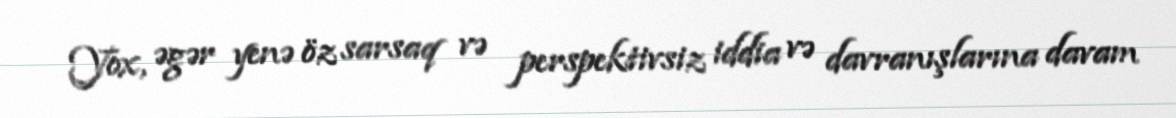
Yox, əgər yenə öz sarsaq və perspektivsiz iddia və davranışlarına davam